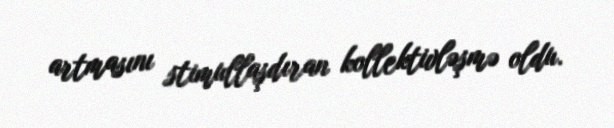
artmasını stimullaşdıran kollektivləşmə oldu.